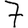
Digit: 7